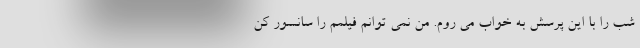
شب را با این پرسش به خواب می روم. من نمی توانم فیلمم را سانسور کن